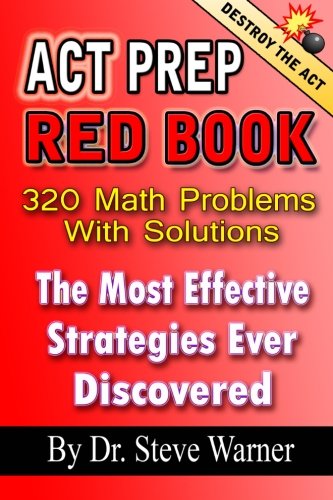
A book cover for ACT Prep Red Book - 320 Math Problems With Solutions: The Most Effective Strategies Ever Discovered; Steve Warner; Test Preparation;